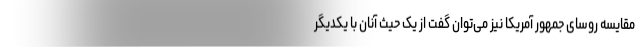
مقایسه روسای جمهور آمریکا نیز می‌توان گفت از یک حیث آنان با یکدیگر